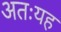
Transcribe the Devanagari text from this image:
अतःयह